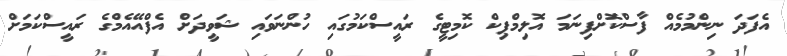
އެފަދަ ނިންމުމެއް ފާސްކޮށްފިނަމަ އޮލިމްޕިކް ކޮމިޓީގެ ރައީސްކަމުގައި ހުންނަވައި ޝަވީދަށް އެފްއޭއެމްގެ ރައީސްކަމަށް